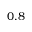
0 . 8